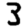
Digit: 3